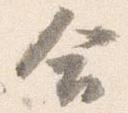
会